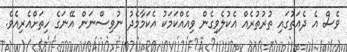
ވެސް އެ ދެއަތުގައި ތުރުތުރެއް އެކުލެވިގެން ވިއެއްކަމަކު އެކަމާމެދު ނުވިސްނަން އޭނަގެ ހިތަށްއެރިއެވެ.